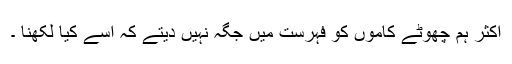
اکثر ہم چھوٹے کاموں کو فہرست میں جگہ نہیں دیتے کہ اسے کیا لکھنا ۔